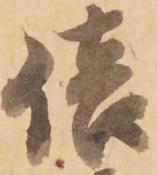
倍